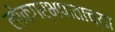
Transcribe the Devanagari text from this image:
लोकगर्भपाताच्या